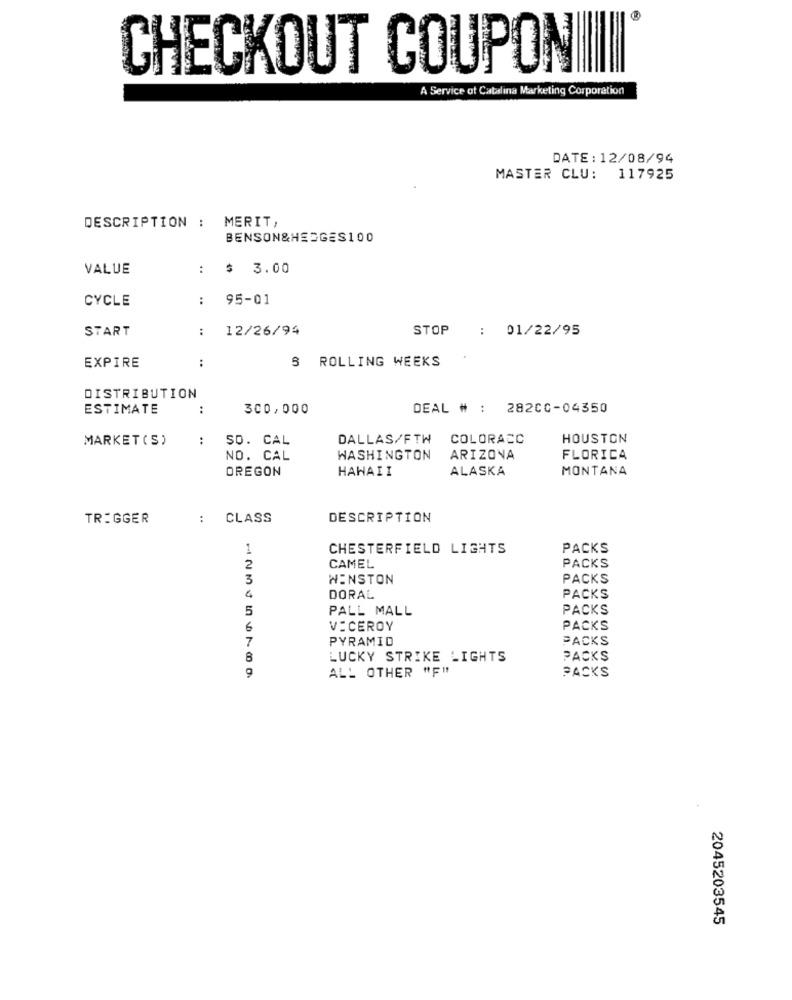
CHECKOUT COUPONI
A Service ot Catalina Marketing Corporation
DATE: 12/08/94
MASTER CLU: 117925
DESCRIPTION : MERIT,
BENSON&HEDGES100
VALUE
$ 3.00
..
CYCLE
:
95-01
START
:
12/26/94
STOP
: 01/22/95
:
ROLLING WEEKS
EXPIRE
DISTRIBUTION
ESTIMATE
:
300,000
DEAL # : 28200-04350
MARKET(S)
..
SO. CAL
DALLAS/FTW
COLORACC
HOUSTON
NO. CAL
WASHINGTON
ARIZONA
FLORICA
OREGON
HAWAII
ALASKA
MONTANA
TRIGGER
:
CLASS
DESCRIPTION
1
CHESTERFIELD LIGHTS
PACKS
2
CAMEL
PACKS
3
WINSTON
PACKS
4
DORAL
PACKS
5
PALL MALL
PACKS
6
VICEROY
PACKS
7
PYRAMID
PACKS
8
LUCKY STRIKE LIGHTS
PACKS
ALL OTHER "F !!
PACKS
2045203545